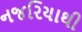
નજરિયાથી